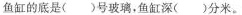
鱼缸的底是( )号玻璃，鱼缸深( )分米。